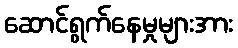
ဆောင်ရွက်နေမှုများအား